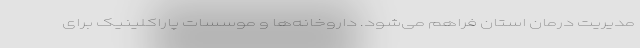
مدیریت درمان استان فراهم می‌شود. داروخانه‌ها و موسسات پاراکلینیک برای